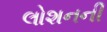
લોશનની